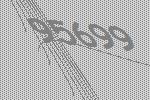
95699